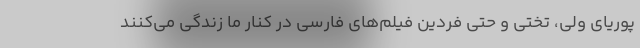
پوریای ولی، تختی و حتی فردین فیلم‌های فارسی در کنار ما زندگی می‌کنند